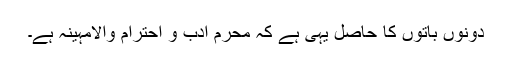
دونوں باتوں کا حاصل یہی ہے کہ محرم ادب و احترام والامہینہ ہے۔